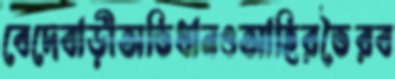
বেদেবাড়ীঅভিধানওআহিরভৈরব